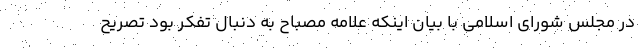
در مجلس شورای اسلامی با بیان اینکه علامه مصباح به دنبال تفکر بود تصریح